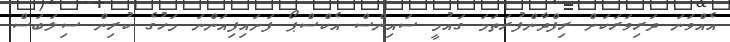
އެއްވަނަ ދަރިވަރަކަށް ރިފްދާންފުރަތަމަ ގައުމީ ސައިންސް އެކްސްޕޯ ފަށައިފިއަންނަ މަހުގެ ކުރިން ސިލަބަސް